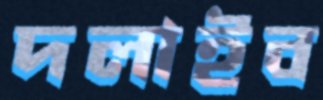
দলাইব